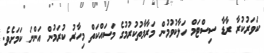
ކަވަރުކުރާ ރާޑާ ސިސްޓަމް ހަލާކުވުމުން މަރާމާތުކުރުމުގެ މަސައްކަތް މިހާރު ކުރަމުން އަންނަ ކަމަށެވެ.